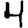
Digit: 4